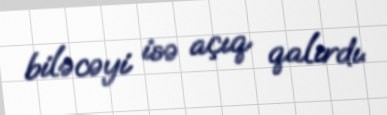
biləcəyi isə açıq qalırdı.